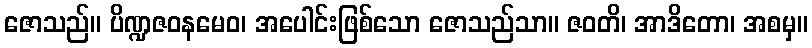
ဇောသည်။ ပိဏ္ဍဇဝနမေဝ၊ အပေါင်းဖြစ်သော ဇောသည်သာ။ ဇဝတိ၊ အာဒိတော၊ အစမှ။